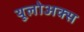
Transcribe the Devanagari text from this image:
यूलोअक्स